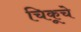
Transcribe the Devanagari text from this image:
चिकूचे